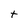
Character: t